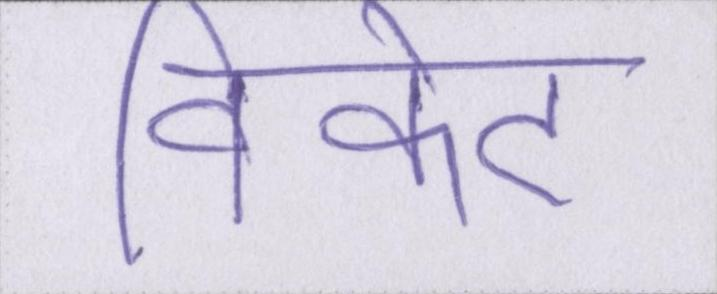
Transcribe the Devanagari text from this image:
विकेट